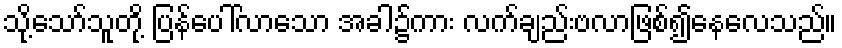
သို့သော်သူတို့ ပြန်ပေါ်လာသော အခါ၌ကား လက်ချည်းဗလာဖြစ်၍နေလေသည်။